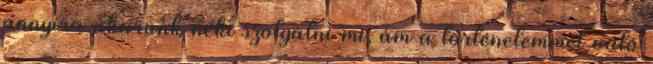
annyira akarunk neki szolgálni mi, ám a történelemmel való